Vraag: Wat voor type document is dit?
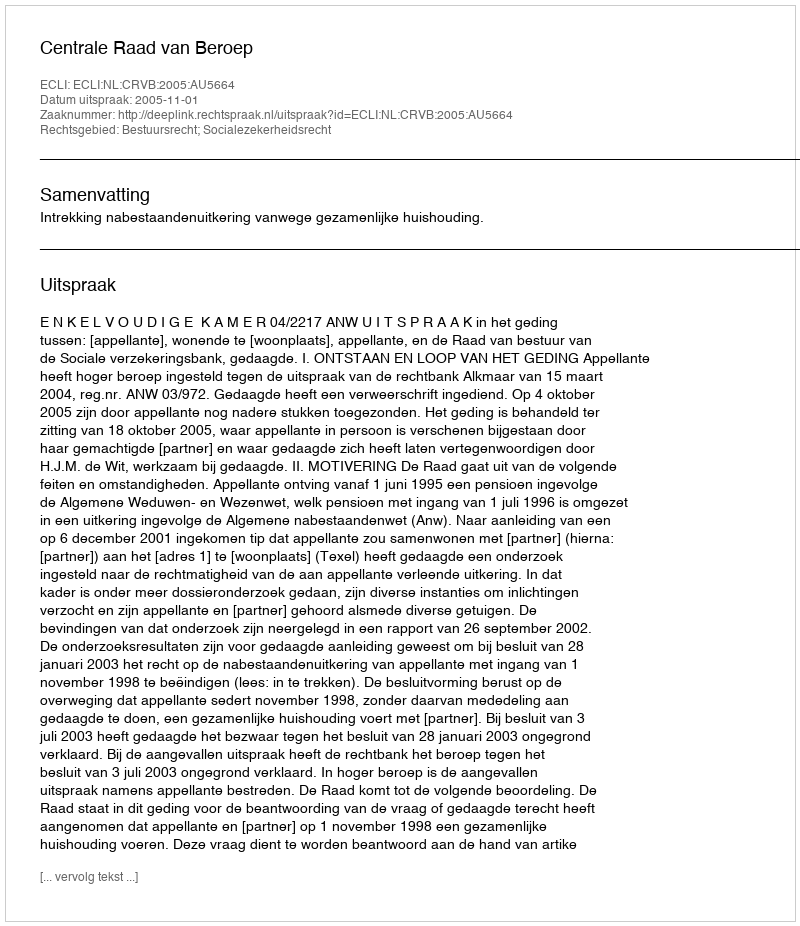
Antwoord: Uitspraak